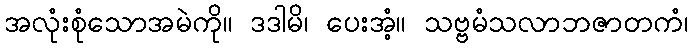
အလုံးစုံသောအမဲကို။ ဒဒါမိ၊ ပေးအံ့။ သဗ္ဗမံသလာဘဇာတကံ၊